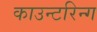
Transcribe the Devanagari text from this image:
काउन्टरिन्ग